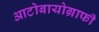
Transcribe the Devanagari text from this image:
आटोबायोग्राफी